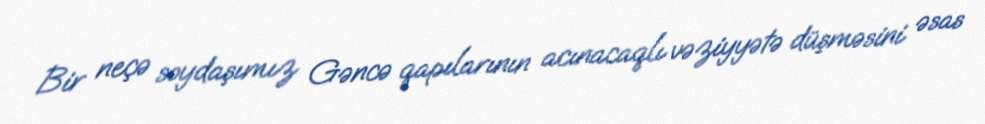
Bir neçə soydaşımız Gəncə qapılarının acınacaqlı vəziyyətə düşməsini əsas